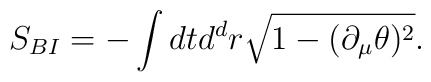
S_{BI} = - \int dtd^dr \sqrt{1-(\partial_\mu \theta)^2}.